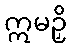
ဣမဉှိ